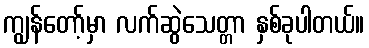
ကျွန်တော့်မှာ လက်ဆွဲသေတ္တာ နှစ်ခုပါတယ်။